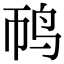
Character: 䴓